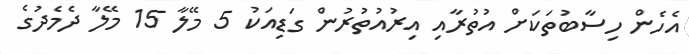
އެހެން ހިސާބުތަކަށް އުތުރާއި އިރުއުތުރުން ގަޑިއަކު 5 މޭލާ 15 މޭލާ ދެމެދުގެ